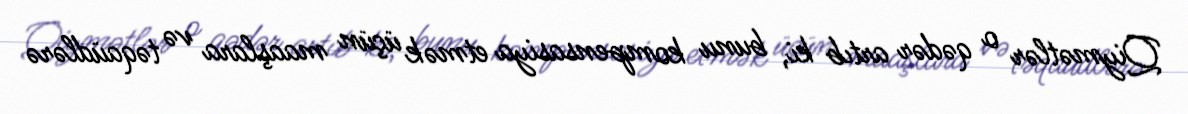
Qiymətlər o qədər artıb ki, bunu kompensasiya etmək üçün maaşlara və təqaüdlərə